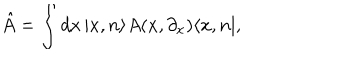
\hat { A } = \int d x \, | x , n \rangle A ( x , \partial _ { x } ) \langle x , n | ,